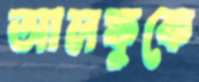
আলফুকে